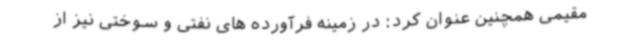
مقیمی همچنین عنوان کرد: در زمینه فرآورده های نفتی و سوختی نیز از